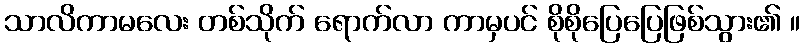
သာလိကာမလေး တစ်သိုက် ရောက်လာ ကာမှပင် စိုစိုပြေပြေဖြစ်သွား၏ ။